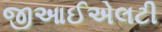
જીઆઈએલટી